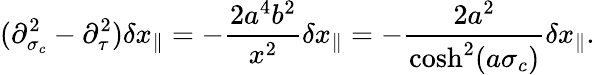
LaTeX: (\partial_{\sigma_{c}}^{2}-\partial_{\tau}^{2})\delta x_{\parallel}=-\frac{2a^{4}b^{2}}{x^{2}}\delta x_{\parallel}=-\frac{2a^{2}}{\cosh^{2}(a\sigma_{c})}\delta x_{\parallel}.